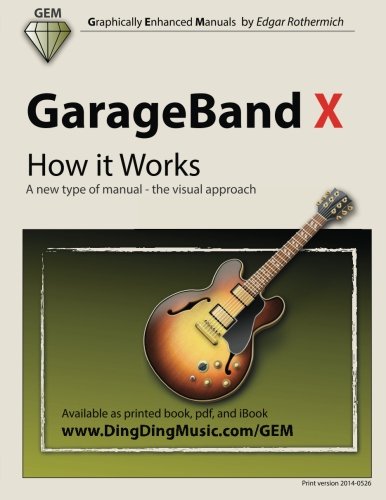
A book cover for GarageBand X - How it Works: A new type of manual - the visual approach (Gem (Graphically Enhanced Manuals)); Edgar Rothermich; Computers & Technology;